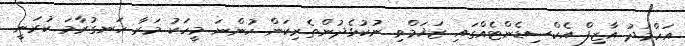
އަހްމަދު އާޒިފް އެކްސިޑެންޓެއްގައި ޒަޚަމްވި ނުކުޅެދުންތެރިކަން ހުންނަ މީހަކު މަރާ ހަނގުރާމަ ކުރަނީ